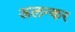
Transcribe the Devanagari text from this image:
अलन्कर